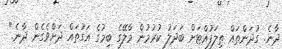
ދާނެ. ގުދަންތައް ތިލަފުއްޓަށް ބަދަލު ކުރުމުން މާލޭގެ ބިމުގެ އަގުތައް ދަށްވެގެން ދާނެ."